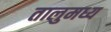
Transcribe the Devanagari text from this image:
तालुमध्य